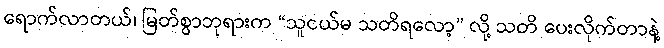
ရောက်လာတယ်၊ မြတ်စွာဘုရားက “သူငယ်မ သတိရလော့” လို့ သတိ ပေးလိုက်တာနဲ့